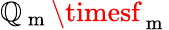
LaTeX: \mathbb{Q}_{\mathrm{{~m~}}}\timesf_{\mathrm{{~m~}}}